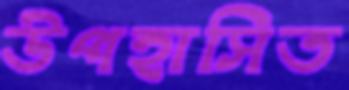
উপহাসিত